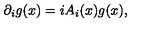
\partial _ { i } g ( x ) = i A _ { i } ( x ) g ( x ) ,